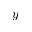
y